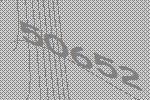
50652